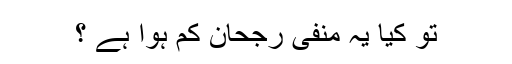
تو کیا یہ منفی رجحان کم ہوا ہے ؟